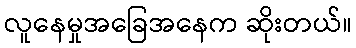
လူနေမှုအခြေအနေက ဆိုးတယ်။